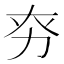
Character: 𠡊